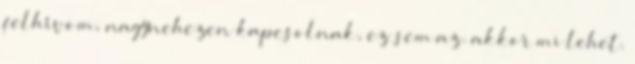
felhívom, nagynehezen kapcsolnak, ez sem az. akkor mi lehet.